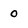
Character: o